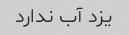
یزد آب ندارد